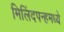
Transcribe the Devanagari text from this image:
मिलिंदपन्हमध्ये